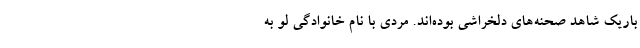
باریک شاهد صحنه‌های دلخراشی بوده‌اند. مردی با نام خانوادگی لو به